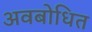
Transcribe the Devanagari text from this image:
अवबोधित